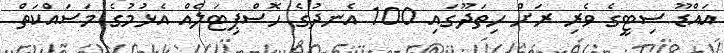
އައްޑޫ ސިޓީގެ ވެރި ރަށް ހިތަދޫގައި 100 އެނދުގެ ހޮސްޕިޓަލެއް އެޅުމުގެ މަސައްކަތް